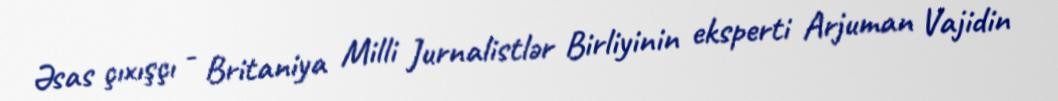
Əsas çıxışçı - Britaniya Milli Jurnalistlər Birliyinin eksperti Arjuman Vajidin